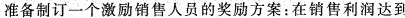
准备制订一个激励销售人员的奖励方案：在销售利润达到